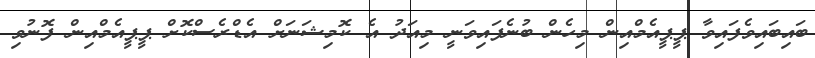
ބައިބައިވެފައިވާ ޕީޕީއެމްއިން މިހެން ބުނެފައިވަނީ މިއަދު އެ ކޮމިޝަނަށް އެޑްރެސްކޮށް ޕީޕީއެމްއިން ފޮނުވި